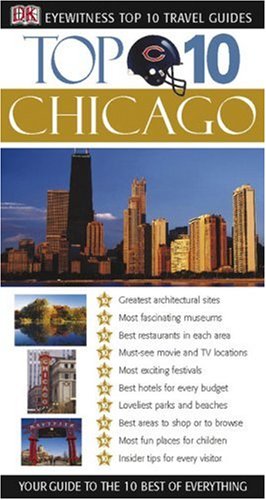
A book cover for Top 10 Chicago (EYEWITNESS TOP 10 TRAVEL GUIDE); Elisa Kronish; Travel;